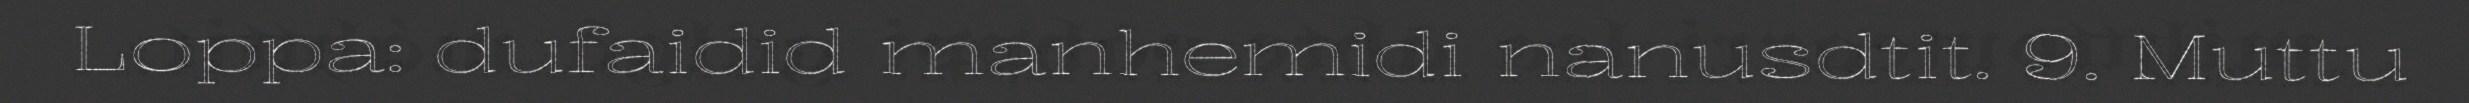
Loppa: dufaidid manhemidi nanusdtit. 9. Muttu